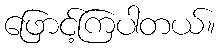
ဖြောင့်ကြပါတယ်။